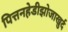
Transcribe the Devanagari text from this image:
पित्तनहेडीझोजाखुर्द